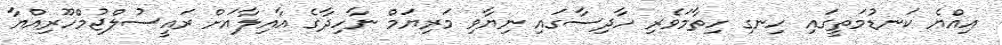
އިއްޔެ ކަނޑުމަތީގައި ހިނގި ހިތާމަވެރި ހާދިސާގައި ނިޔާވި މަރިޔަމް ނާހިދާގެ އާއިލާއަށް ރައީސުލްޖުމްހޫރިއްޔާ